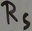
Text: RS